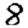
Digit: 8